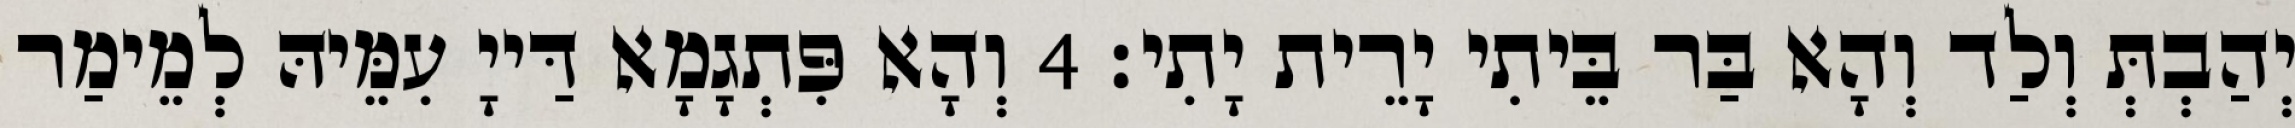
יְהַבְתְּ וְלַד וְהָא בַּר בֵּיתִי יָרֵית יָתִי׃ 4 וְהָא פִּתְגָמָא דַּייָ עִמֵּיהּ לְמֵימַר